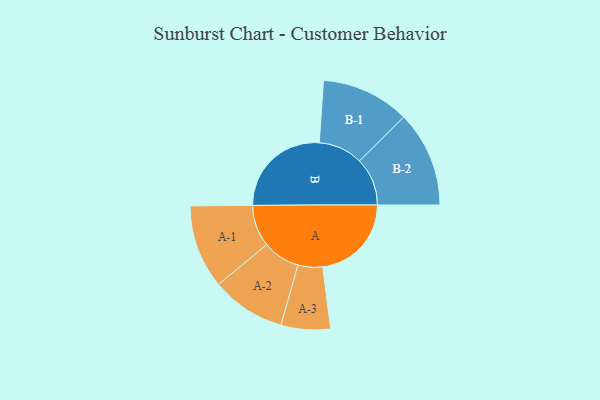
{"axis": {"x": "Segment", "y": "Value"}, "legend": ["", "A", "B"], "data": [{"x": "A", "y": 403, "type": ""}, {"x": "B", "y": 459, "type": ""}, {"x": "A-1", "y": 190, "type": "A"}, {"x": "A-2", "y": 169, "type": "A"}, {"x": "A-3", "y": 112, "type": "A"}, {"x": "B-1", "y": 201, "type": "B"}, {"x": "B-2", "y": 218, "type": "B"}]}